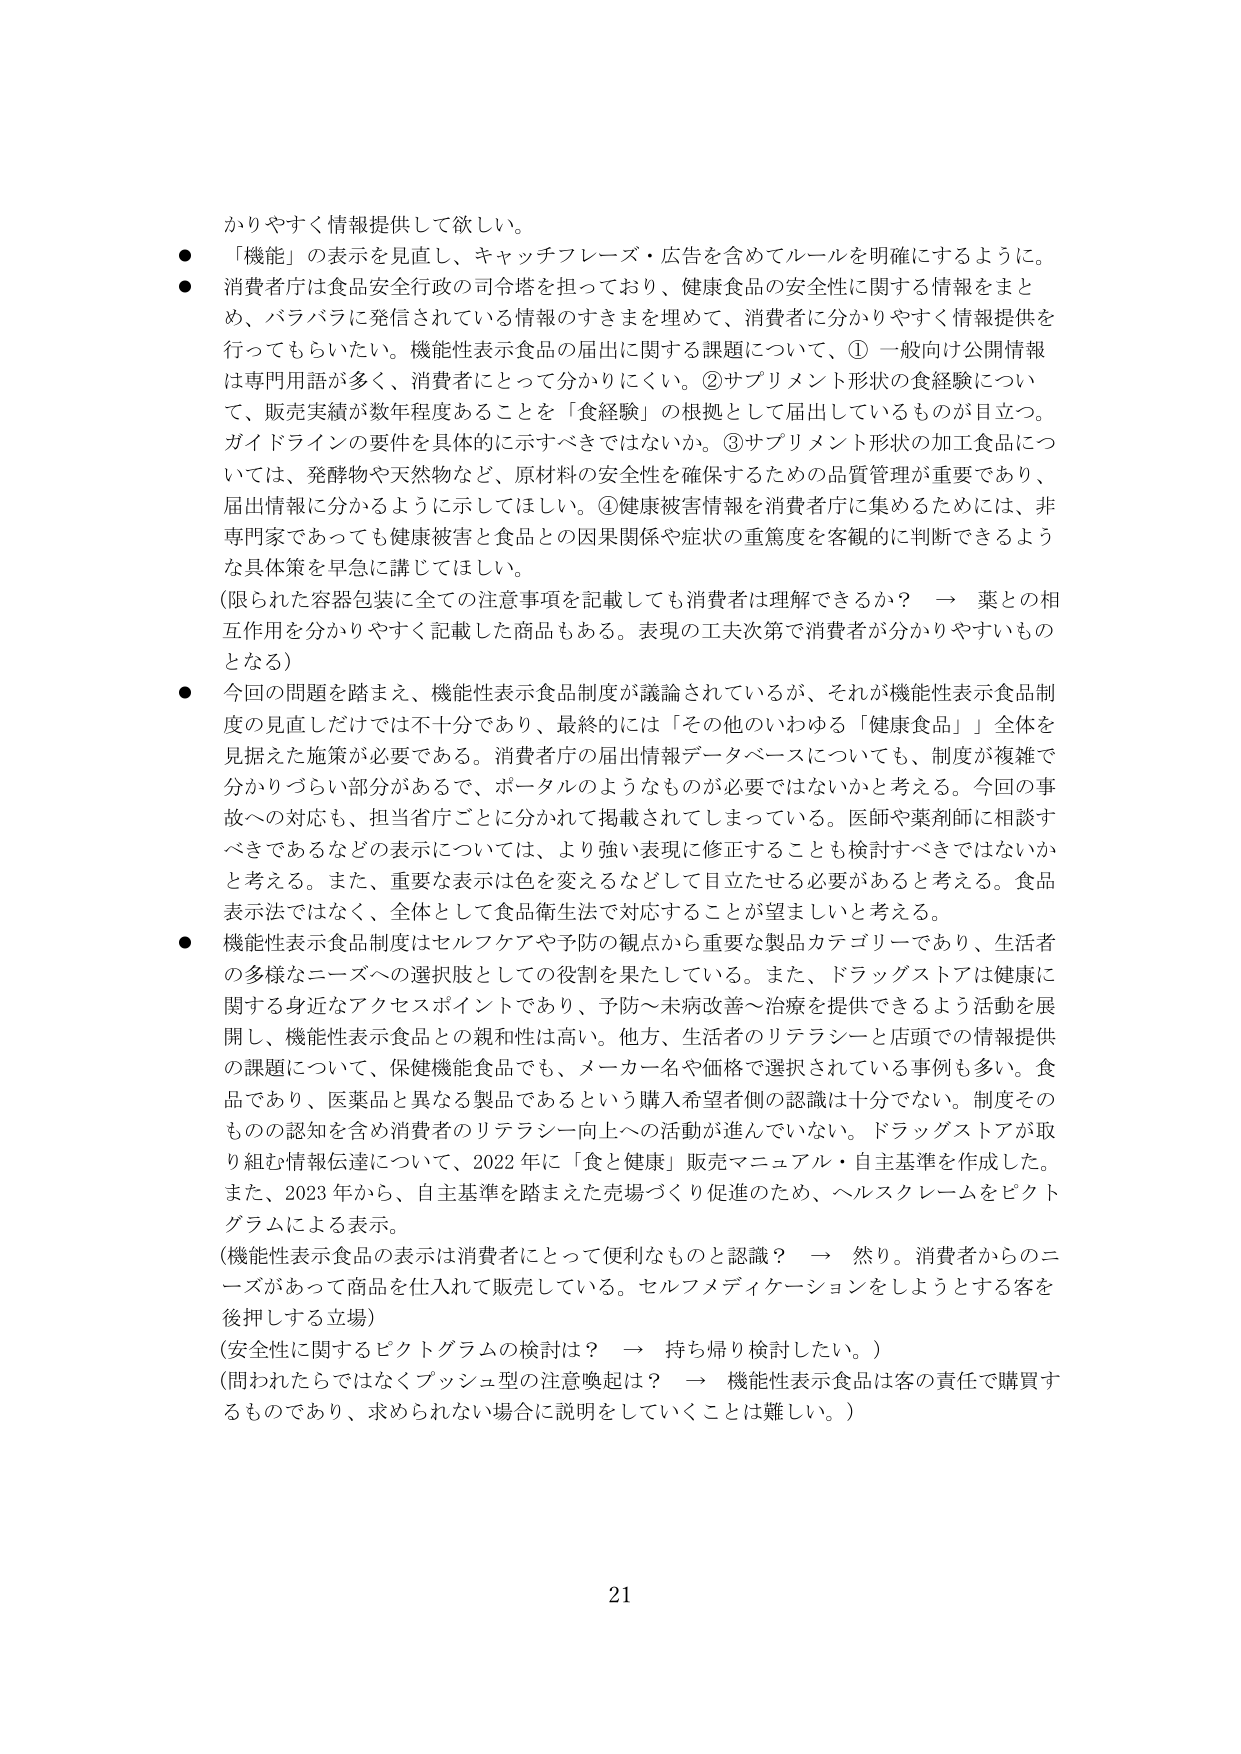
かりやすく情報提供して欲しい。

● 「機能」の表示を見直し、キャッチフレーズ・広告を含めてルールを明確にするように。

● 消費者庁は食品安全行政の司令塔を担っており、健康食品の安全性に関する情報をまとめ、バラバラに発信されている情報のすきまを埋めて、消費者に分かりやすく情報提供を行ってもらいたい。機能性表示食品の届出に関する課題について、①一般向け公開情報は専門用語が多く、消費者にとって分かりにくい。②サプリメント形状の食経験について、販売実績が数年程度あることを「食経験」の根拠として届出しているものが目立つ。ガイドラインの要件を具体的に示すべきではないか。③サプリメント形状の加工食品については、発酵物や天然物など、原材料の安全性を確保するための品質管理が重要であり、届出情報に分かるように示してほしい。④健康被害情報を消費者庁に集めるためには、非専門家であっても健康被害と食品との因果関係や症状の重篤度を客観的に判断できるような具体策を早急に講じてほしい。

（限られた容器包装に全ての注意事項を記載しても消費者は理解できるか？ → 薬との相互作用を分かりやすく記載した商品もある。表現の工夫次第で消費者が分かりやすいものとなる）

● 今回の問題を踏まえ、機能性表示食品制度が議論されているが、それが機能性表示食品制度の見直しだけでは不十分であり、最終的には「その他のいわゆる『健康食品』」全体を見据えた施策が必要である。消費者庁の届出情報データベースについても、制度が複雑で分かりづらい部分があるので、ポータルのようなものが必要ではないかと考える。今回の事故への対応も、担当省庁ごとに分かれて掲載されてしまっている。医師や薬剤師に相談すべきであるなどの表示については、より強い表現に修正することも検討すべきではないかと考える。また、重要な表示は色を変えるなどして目立たせる必要があると考える。食品表示法ではなく、全体として食品衛生法で対応することが望ましいと考える。

● 機能性表示食品制度はセルフケアや予防の観点から重要な製品カテゴリーであり、生活者の多様なニーズへの選択肢としての役割を果たしている。また、ドラッグストアは健康に関する身近なアクセスポイントであり、予防～未病改善～治療を提供できるよう活動を展開し、機能性表示食品との親和性は高い。他方、生活者のリテラシーと店頭での情報提供の課題について、保健機能食品でも、メーカー名や価格で選択されている事例も多い。食品であり、医薬品と異なる製品であるという購入希望者側の認識は十分でない。制度そのものの認知を含め消費者のリテラシー向上への活動が進んでいない。ドラッグストアが取り組む情報伝達について、2022年に「食と健康」販売マニュアル・自主基準を作成した。また、2023年から、自主基準を踏まえた売場づくり促進のため、ヘルスクリームをピクトグラムによる表示。

（機能性表示食品の表示は消費者にとって便利なものと認識？ → 然り。消費者からのニーズがあって商品を仕入れて販売している。セルフメディケーションをしようとする客を後押しする立場）

（安全性に関するピクトグラムの検討は？ → 持ち帰り検討したい。）

（問われたってではなくプッシュ型の注意喚起は？ → 機能性表示食品は客の責任で購買するものであり、求められない場合に説明をしていくことは難しい。）

21